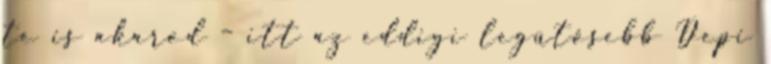
te is akarod – itt az eddigi legütősebb Depi